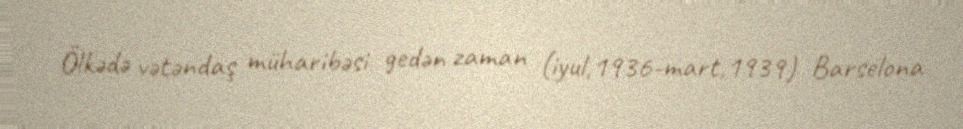
Ölkədə vətəndaş müharibəsi gedən zaman (iyul,1936-mart,1939) Barselona